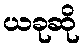
ယခုဆို